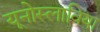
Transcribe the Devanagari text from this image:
यूनोस्लाविया